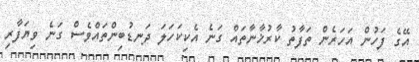
އޭގެ ފަހުން އަހަރެން ތަފާތު ކާރުޚާނާތައް ގަނެ އެކިކަހަލަ ދަނޑުބިންތައްވެސް ގަނެ ވިޔަފާރި